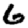
Digit: 6